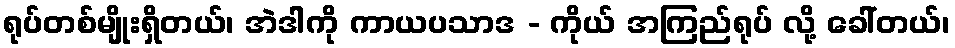
ရုပ်တစ်မျိုးရှိတယ်၊ အဲဒါကို ကာယပသာဒ - ကိုယ် အကြည်ရုပ် လို့ ခေါ်တယ်၊